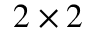
2 \times 2